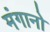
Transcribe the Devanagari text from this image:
मंगानो